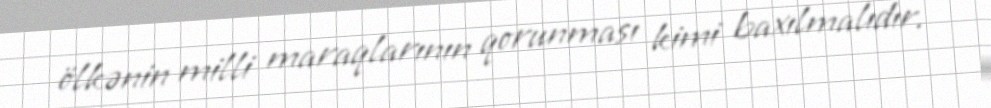
ölkənin milli maraqlarının qorunması kimi baxılmalıdır.